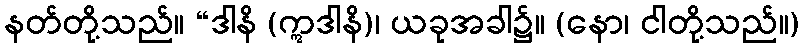
နတ်တို့သည်။ “ဒါနိ (ဣဒါနိ)၊ ယခုအခါ၌။ (နော၊ ငါတို့သည်။)